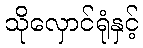
သိုလှောင်ရုံနှင့်